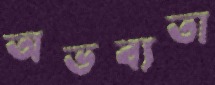
অভব্যতা